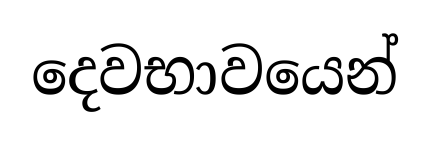
දෙවභාවයෙන්